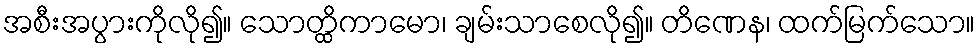
အစီးအပွားကိုလို၍။ သောတ္ထိကာမော၊ ချမ်းသာစေလို၍။ တိဏေန၊ ထက်မြက်သော။